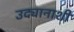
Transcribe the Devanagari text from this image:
उद्यानाशी